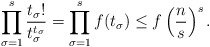
\begin{align*}\prod_{\sigma = 1}^s \frac{t_\sigma!}{t_\sigma^{t_\sigma}} = \prod_{\sigma = 1}^s f(t_{\sigma}) \leq f\left(\frac{n}{s}\right)^{s}.\end{align*}